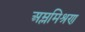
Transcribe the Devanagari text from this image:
अम्लमिश्रण